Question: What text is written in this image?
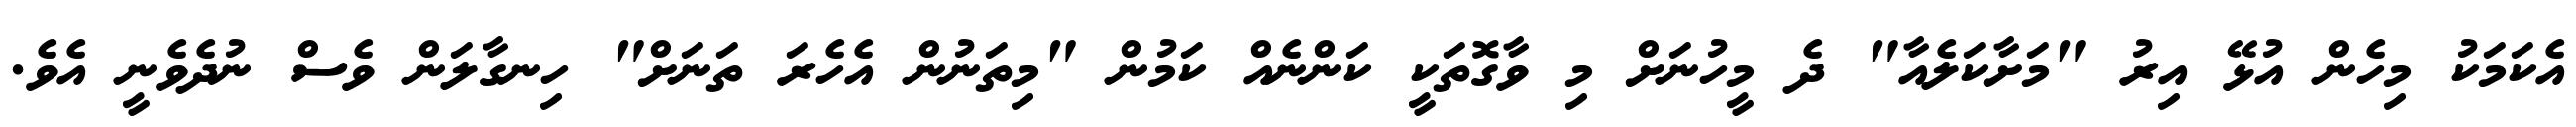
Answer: އެކަމަކު މިހެން އުޅޭ އިރު "މަށާކަލެއާ" ދެ މީހުނަށް މި ވާގޮތަކީ ކަންނެއް ކަމުން "މިތަނުން އެހެރަ ތަނަށް" ހިނގާލަން ވެސް ނުދެވެނީ އެވެ.